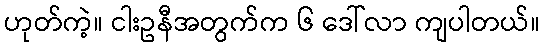
ဟုတ်ကဲ့။ ငါးဥနီအတွက်က ၆ ဒေါ်လာ ကျပါတယ်။